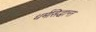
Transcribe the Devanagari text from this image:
धर्मसिद्धान्त